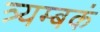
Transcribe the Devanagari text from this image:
त्र्यम्‍बकं